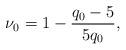
LaTeX: \begin{align*}\nu_0=1-\frac{q_0-5}{5q_0}, \end{align*}